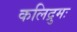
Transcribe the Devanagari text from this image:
कलिद्रुमः